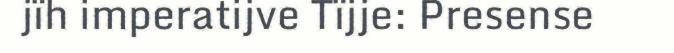
jïh imperatijve Tïjje: Presense